Indian journal of veterinary science and animal husbandry - Volumes 15-17, 1948-1951
Year: 1948
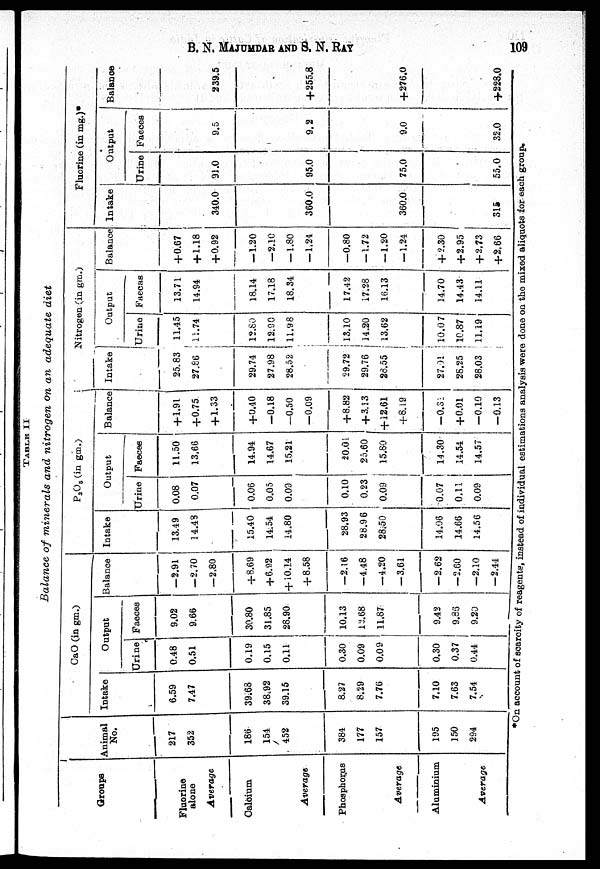
B.
N.
MAJUMDAR
AND
S.
N.
BAY
109
Balance of minerals and nitrogen on an adequate diet
Groups
Fluorine
alone
Average
Calcium
Average
Phosphorus
Average
Aluminium
Average
Animal
No.
217
352
186
151
452
384
177
157
195
150
294
CaO (in gm.)
Intake
6.59
7.47
39.68
38.92
39.15
8.27
8.29
7.76
7.10
7.63
7.54
Output
Urine
0.48
0.51
0.19
0.15
0.11
0.30
0.09
0.09
0.30
0.37
0.44
Faeces
9.02
9.66
30.80
31.85
28.90
10.13
12.68
11.87
9.42
9.33
9.20
Balance
—2.91
—2.70
—2.80
+8.69
+ 6.92
+ 10.14
+ 8.58
—2.16
—4.48
—4.20
— 3.61
—2.62
—2.60
—2.10
—2.44
P 3 O 5 (in gm.)
Intake
13.49
14.43
15.40
14.54
14.80
28.93
28.9 6
28.50
14.06
14.66
14.56
Output
Urine
0.08
0.07
0.06
0.05
0.09
0.10
0.23
0.09
0.07
0.11
0.09
Faeces
11.50
13.66
14.94
14.67
15.21
20.01
25.60
15.60
14.30
14.54
14.57
Balance
+ 1.91
+0.75
+ 1.33
+0.40
—0.18
—0.50
—0.09
+8.82
+ 3.13
+ 12.61
+8.19
—0.31
+0.01
—0.10
—0.13
Nitrogen (in gm.)
Intake
25.83
27.86
29.74
27.98
28.52
59.72
29.76
26.55
27.91
28.25
28.03
Output
Urine
11.45
11.74
12.80
12.90
11.98
13.10
14.20
13.62
10.0 7
10.87
11.19
Faecas
13.71
14.94
18.14
17.18
18.34
17.42
17.28
16.13
14.70
14.43
14.11
Balance
+0.67
+ 1.18
+0.92
—1.20
—2.10
— 1.80
— 1.24
—0.80
—1.72
— 1.20
—1.24
+2.30
+2.95
+ 2.73
+ 2.66
Fluorine (in mg.)*
Intake
340.0
360.0
360.0
315
Output
Urine
91.0
95.0
75.0
55.0
Faeces
9.5
9.2
9.0
32.0
Balance
239.5
+ 255.8
+276.0
+228.0
*On account of scarcity of reagents, instead of individual estimations analysis were done on the mixed aliquots for each group.